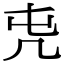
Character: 𠘸